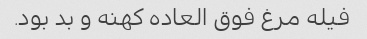
فیله مرغ فوق العاده کهنه و بد بود.